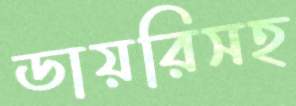
ডায়রিসহ